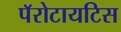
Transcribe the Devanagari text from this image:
पॅरोटायटिस